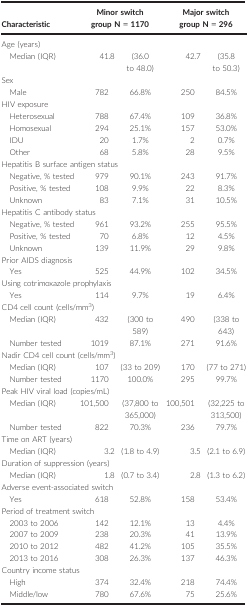
<table><thead><tr><td><b>Characteristic</b></td><td colspan="2"><b>Minor switch group N = 1170</b></td><td colspan="2"><b>Major switch group N = 296</b></td></tr></thead><tbody><tr><td colspan="5">Age (years)</td></tr><tr><td>Median (IQR)</td><td>41.8</td><td>(36.0 to 48.0)</td><td>42.7</td><td>(35.8to 50.3)</td></tr><tr><td colspan="5">Sex</td></tr><tr><td>Male</td><td>782</td><td>66.8%</td><td>250</td><td>84.5%</td></tr><tr><td colspan="5">HIV exposure</td></tr><tr><td>Heterosexual</td><td>788</td><td>67.4%</td><td>109</td><td>36.8%</td></tr><tr><td>Homosexual</td><td>294</td><td>25.1%</td><td>157</td><td>53.0%</td></tr><tr><td>IDU</td><td>20</td><td>1.7%</td><td>2</td><td>0.7%</td></tr><tr><td>Other</td><td>68</td><td>5.8%</td><td>28</td><td>9.5%</td></tr><tr><td colspan="5">Hepatitis B surface antigen status</td></tr><tr><td>Negative, % tested</td><td>979</td><td>90.1%</td><td>243</td><td>91.7%</td></tr><tr><td>Positive, % tested</td><td>108</td><td>9.9%</td><td>22</td><td>8.3%</td></tr><tr><td>Unknown</td><td>83</td><td>7.1%</td><td>31</td><td>10.5%</td></tr><tr><td colspan="5">Hepatitis C antibody status</td></tr><tr><td>Negative, % tested</td><td>961</td><td>93.2%</td><td>255</td><td>95.5%</td></tr><tr><td>Positive, % tested</td><td>70</td><td>6.8%</td><td>12</td><td>4.5%</td></tr><tr><td>Unknown</td><td>139</td><td>11.9%</td><td>29</td><td>9.8%</td></tr><tr><td colspan="5">Prior AIDS diagnosis</td></tr><tr><td>Yes</td><td>525</td><td>44.9%</td><td>102</td><td>34.5%</td></tr><tr><td colspan="5">Using cotrimoxazole prophylaxis</td></tr><tr><td>Yes</td><td>114</td><td>9.7%</td><td>19</td><td>6.4%</td></tr><tr><td colspan="5">CD4 cell count (cells/mm<sup>3</sup>)</td></tr><tr><td>Median (IQR)</td><td>432</td><td>(300 to 589)</td><td>490</td><td>(338 to 643)</td></tr><tr><td>Number tested</td><td>1019</td><td>87.1%</td><td>271</td><td>91.6%</td></tr><tr><td colspan="5">Nadir CD4 cell count (cells/mm<sup>3</sup>)</td></tr><tr><td>Median (IQR)</td><td>107</td><td>(33 to 209)</td><td>170</td><td>(77 to 271)</td></tr><tr><td>Number tested</td><td>1170</td><td>100.0%</td><td>295</td><td>99.7%</td></tr><tr><td colspan="5">Peak HIV viral load (copies/mL)</td></tr><tr><td>Median (IQR)</td><td>101,500</td><td>(37,800 to 365,000)</td><td>100,501</td><td>(32,225 to 313,500)</td></tr><tr><td>Number tested</td><td>822</td><td>70.3%</td><td>236</td><td>79.7%</td></tr><tr><td colspan="5">Time on ART (years)</td></tr><tr><td>Median (IQR)</td><td>3.2</td><td>(1.8 to 4.9)</td><td>3.5</td><td>(2.1 to 6.9)</td></tr><tr><td colspan="5">Duration of suppression (years)</td></tr><tr><td>Median (IQR)</td><td>1.8</td><td>(0.7 to 3.4)</td><td>2.8</td><td>(1.3 to 6.2)</td></tr><tr><td colspan="5">Adverse event‐associated switch</td></tr><tr><td>Yes</td><td>618</td><td>52.8%</td><td>158</td><td>53.4%</td></tr><tr><td colspan="5">Period of treatment switch</td></tr><tr><td>2003 to 2006</td><td>142</td><td>12.1%</td><td>13</td><td>4.4%</td></tr><tr><td>2007 to 2009</td><td>238</td><td>20.3%</td><td>41</td><td>13.9%</td></tr><tr><td>2010 to 2012</td><td>482</td><td>41.2%</td><td>105</td><td>35.5%</td></tr><tr><td>2013 to 2016</td><td>308</td><td>26.3%</td><td>137</td><td>46.3%</td></tr><tr><td colspan="5">Country income status</td></tr><tr><td>High</td><td>374</td><td>32.4%</td><td>218</td><td>74.4%</td></tr><tr><td>Middle/low</td><td>780</td><td>67.6%</td><td>75</td><td>25.6%</td></tr></tbody></table>